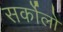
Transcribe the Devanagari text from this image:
सर्कोलो